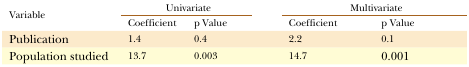
<table><thead><tr><td rowspan="2"><b>Variable</b></td><td colspan="2"><b>Univariate</b></td><td colspan="2"><b>Multivariate</b></td></tr><tr><td><b>Coefficient</b></td><td><b>p Value</b></td><td><b>Coefficient</b></td><td><b>p Value</b></td></tr></thead><tbody><tr><td>Publication</td><td>1.4</td><td>0.4</td><td>2.2</td><td>0.1</td></tr><tr><td>Population studied</td><td>13.7</td><td>0.003</td><td>14.7</td><td>0.001</td></tr></tbody></table>